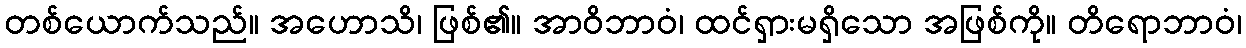
တစ်ယောက်သည်။ အဟောသိ၊ ဖြစ်၏။ အာဝိဘာဝံ၊ ထင်ရှားမရှိသော အဖြစ်ကို။ တိရောဘာဝံ၊